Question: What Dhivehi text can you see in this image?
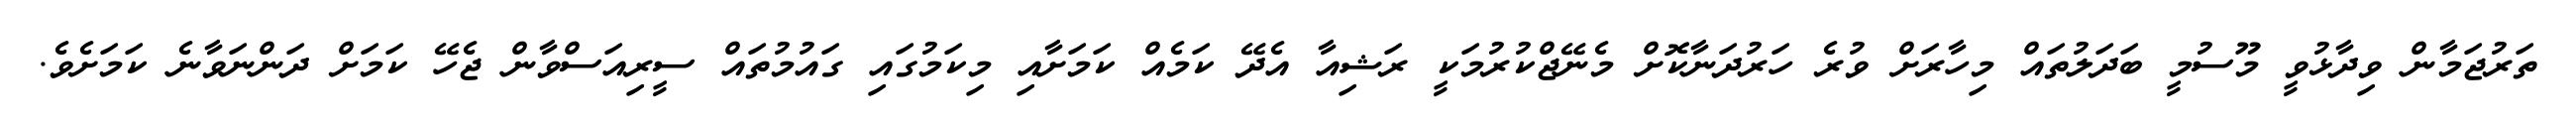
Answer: ތަރުޖަމާން ވިދާޅުވީ މޫސުމީ ބަދަލުތައް މިހާރަށް ވުރެ ހަރުދަނާކޮށް މެނޭޖްކުރުމަކީ ރަޝިއާ އެދޭ ކަމެއް ކަމަށާއި މިކަމުގައި ގައުމުތައް ސީރިއަސްވާން ޖެހޭ ކަމަށް ދަންނަވާނެ ކަމަށެވެ.